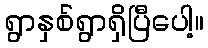
ရွာနှစ်ရွာရှိပြီပေါ့။